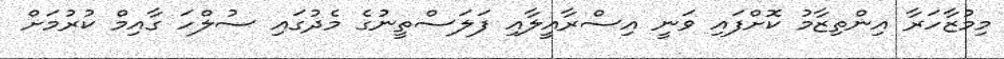
މިމުޒާހަރާ އިންތިޒާމު ކޮށްފައި ވަނީ އިސްރާއީލާއި ފަލަސްތީނުގެ މެދުގައި ސުލްހަ ގާއިމް ކުރުމަށް